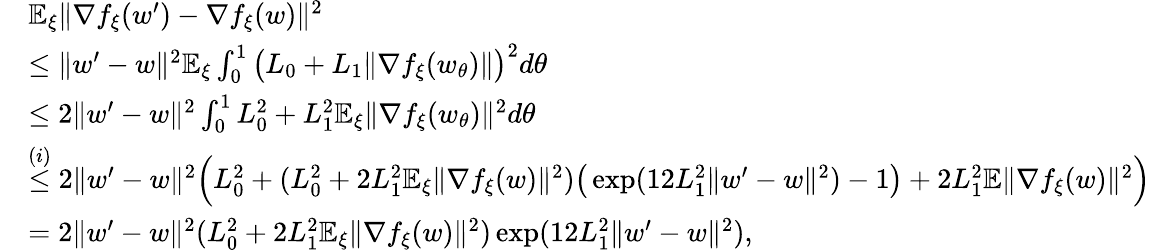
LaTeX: \begin{array}{rl}&{\mathbb{E}_{\xi}\| \nabla f_{\xi}(w^{\prime})-\nabla f_{\xi}(w)\| ^{2}}\\ &{\le\| w^{\prime}-w\| ^{2}\mathbb{E}_{\xi}\int_{0}^{1}\big(L_{0}+L_{1}\| \nabla f_{\xi}(w_{\theta})\| \big)^{2}d\theta}\\ &{\le 2\| w^{\prime}-w\| ^{2}\int_{0}^{1}L_{0}^{2}+L_{1}^{2}\mathbb{E}_{\xi}\| \nabla f_{\xi}(w_{\theta})\| ^{2}d\theta}\\ &{\overset{(i)}{\le}2\| w^{\prime}-w\| ^{2}\Big(L_{0}^{2}+(L_{0}^{2}+2L_{1}^{2}\mathbb{E}_{\xi}\| \nabla f_{\xi}(w)\| ^{2})\big(\exp(12L_{1}^{2}\| w^{\prime}-w\| ^{2})-1\big)+2L_{1}^{2}\mathbb{E}\| \nabla f_{\xi}(w)\| ^{2}\Big)}\\ &{=2\| w^{\prime}-w\| ^{2}(L_{0}^{2}+2L_{1}^{2}\mathbb{E}_{\xi}\| \nabla f_{\xi}(w)\| ^{2})\exp(12L_{1}^{2}\| w^{\prime}-w\| ^{2}),}\end{array}